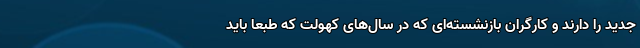
جدید را دارند و کارگران بازنشسته‌ای که در سال‌های کهولت که طبعاً باید